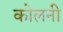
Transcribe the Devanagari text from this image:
कोलनी